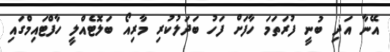
އޭނާ އަދި ބުނީ ފުރަތަމަ ހާފަށް ފަހު ބަދަލުކުރި މާރިއޯ ބަލޮޓެއްލީ ހާފްޓައިމްގައި